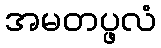
အမတပ္ဖလံ